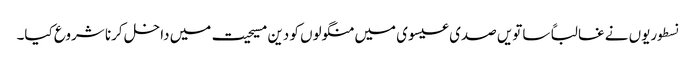
نسطوریوں نے غالباً ساتویں صدی عیسوی میں منگولوں کو دین مسیحیت میں داخل کرنا شروع کیا۔